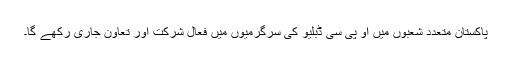
پاکستان متعدد شعبوں میں او پی سی ڈبلیو کی سرگرمیوں میں فعال شرکت اور تعاون جاری رکھے گا۔